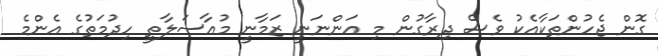
ގޮން ޖެހުންތަކާއެކު ވެސް ދިރާގުން މި އަންނަނީ ޒަމާނީ މުއާސަލާތީ ހިދުމަތުގެ އެންމެ